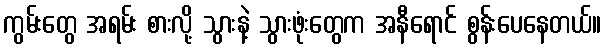
ကွမ်းတွေ အရမ်း စားလို့ သွားနဲ့ သွားဖုံးတွေက အနီရောင် စွန်းပေနေတယ်။